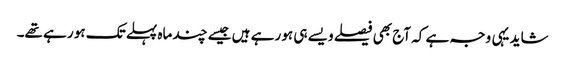
شاید یہی وجہ ہے کہ آج بھی فیصلے ویسے ہی ہو رہے ہیں جیسے چند ماہ پہلے تک ہو رہے تھے۔